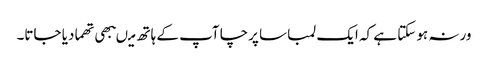
ورنہ ہو سکتا ہے کہ ایک لمبا سا پرچا آپ کے ہاتھ میںبھی تھما دیا جاتا۔